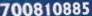
700810885